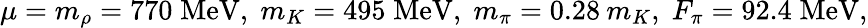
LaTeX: \mu=m_{\rho}=770\; \mathrm{MeV},\; m_{K}=495\; \mathrm{MeV},\; m_{\pi}=0.28\: m_{K},\; F_{\pi}=92.4\; \mathrm{MeV,}